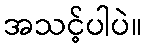
အသင့်ပါပဲ။